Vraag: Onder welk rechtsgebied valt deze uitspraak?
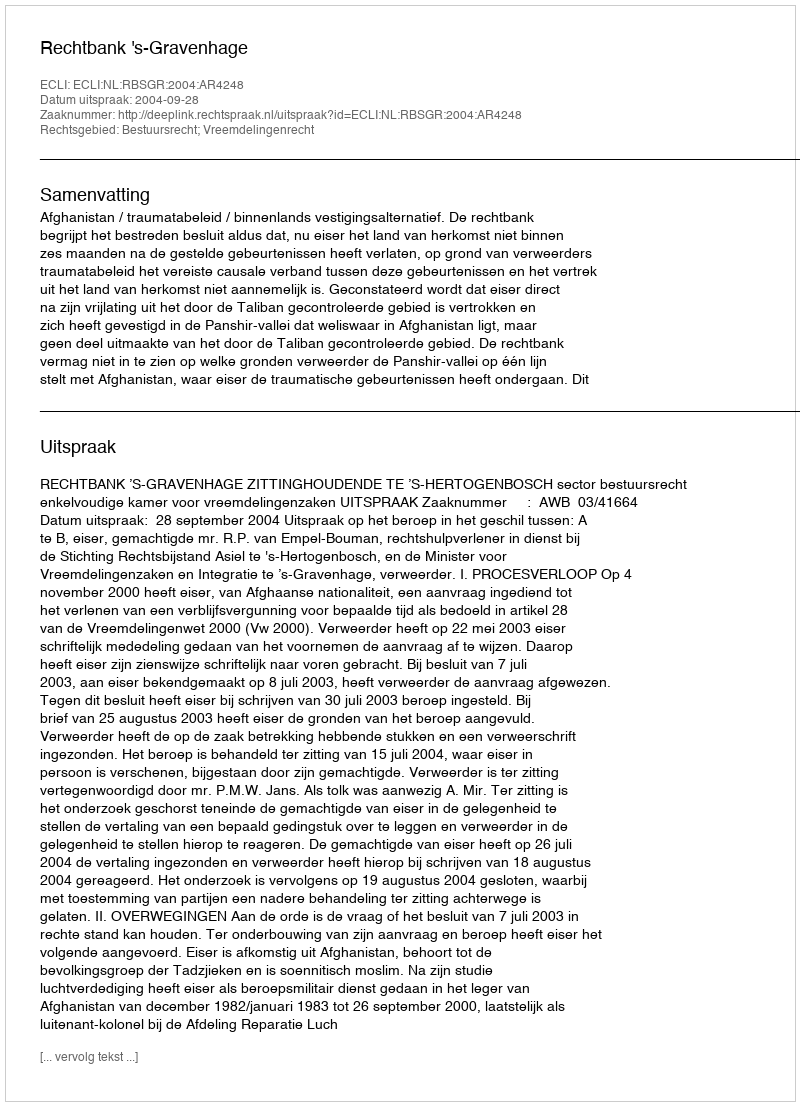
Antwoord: Bestuursrecht; Vreemdelingenrecht